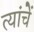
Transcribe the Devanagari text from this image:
त्यांचेेें